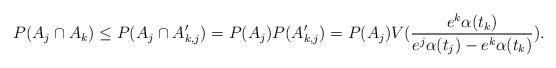
LaTeX: \begin{align*}P(A_j \cap A_k)\le P(A_j\cap A'_{k,j})=P(A_j)P(A'_{k,j})=P(A_j) V(\frac{e^k\alpha(t_k)}{e^j\alpha(t_j)-e^k\alpha(t_k)}).\end{align*}